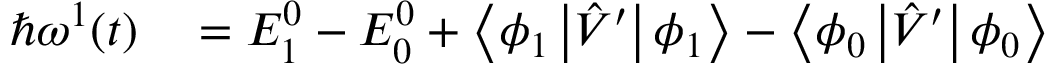
\begin{array} { r l } { \hbar \omega ^ { 1 } ( t ) } & { { } = E _ { 1 } ^ { 0 } - E _ { 0 } ^ { 0 } + \left\langle \phi _ { 1 } \left| \hat { V } ^ { \prime } \right| \phi _ { 1 } \right\rangle - \left\langle \phi _ { 0 } \left| \hat { V } ^ { \prime } \right| \phi _ { 0 } \right\rangle } \end{array}